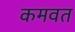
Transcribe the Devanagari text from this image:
कमवत